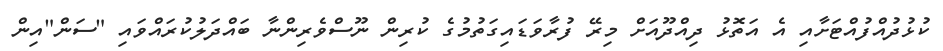
ކުޅުދުއްފުއްޓަށާއި އެ އަތޮޅު ދިއްދޫއަށް މިރޭ ފުރާވަޑައިގަތުމުގެ ކުރިން ނޫސްވެރިންނާ ބައްދަލުކުރައްވައި "ސަން"އިން